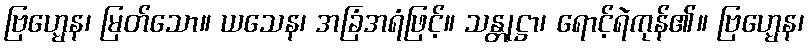
ဗြဟ္မေန၊ မြတ်သော။ ယသေန၊ အခြံအရံဖြင့်။ သန္တုဋ္ဌာ၊ ရောင့်ရဲကုန်၏။ ဗြဟ္မေန၊